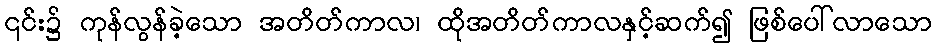
၎င်း၌ ကုန်လွန်ခဲ့သော အတိတ်ကာလ၊ ထိုအတိတ်ကာလနှင့်ဆက်၍ ဖြစ်ပေါ်လာသော